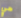
هي